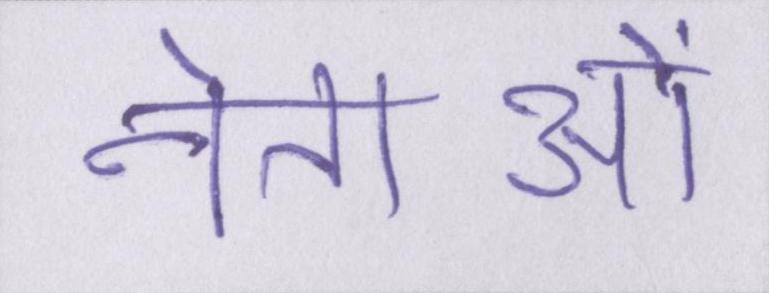
नेताओं